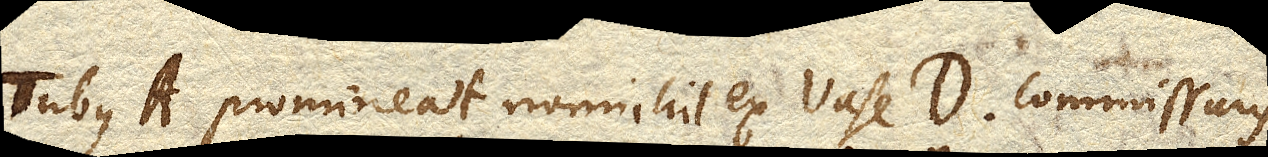
Tubus A. promineat nonnihil ex vase D. commissuris